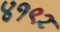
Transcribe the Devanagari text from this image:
४१९२